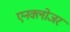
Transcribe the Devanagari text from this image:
एनक्लोजर